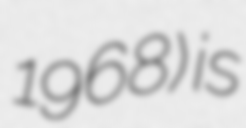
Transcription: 1968) is